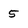
Character: 5